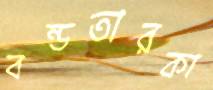
বন্ডতারকা